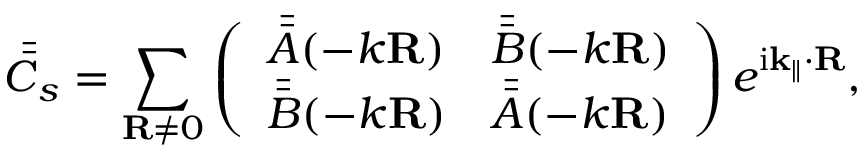
\bar { \bar { C } } _ { s } = \sum _ { \mathbf { R } \neq 0 } \left( \begin{array} { l l } { \bar { \bar { A } } ( - k \mathbf { R } ) } & { \bar { \bar { B } } ( - k \mathbf { R } ) } \\ { \bar { \bar { B } } ( - k \mathbf { R } ) } & { \bar { \bar { A } } ( - k \mathbf { R } ) } \end{array} \right) e ^ { \mathrm { i \mathbf { k } _ { \parallel } \cdot \mathbf { R } } } ,